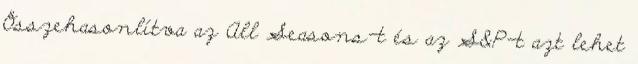
Összehasonlítva az All Seasons-t és az S&P-t azt lehet